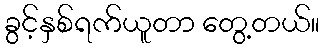
ခွင့်နှစ်ရက်ယူတာ တွေ့တယ်။